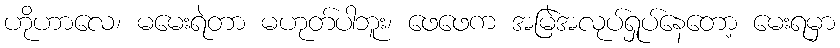
ဟိုဟာလေ၊ မမေးရဲတာ မဟုတ်ပါဘူး၊ ဖေဖေက အမြဲအလုပ်ရှုပ်နေတော့ မေးရမှာ